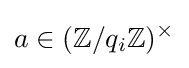
a\in (\mathbb {Z} /q_{i}\mathbb {Z} )^{\times }